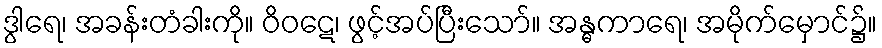
ဒွါရေ၊ အခန်းတံခါးကို။ ဝိဝဋေ၊ ဖွင့်အပ်ပြီးသော်။ အန္ဓကာရေ၊ အမိုက်မှောင်၌။